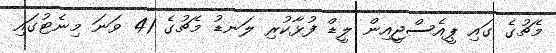
މެޗުގެ ގައި ޕީއެސްޖީއިން ލީޑް ފުޅާކުރި ލަނޑު މެޗުގެ 41 ވަނަ މިނެޓުގައި